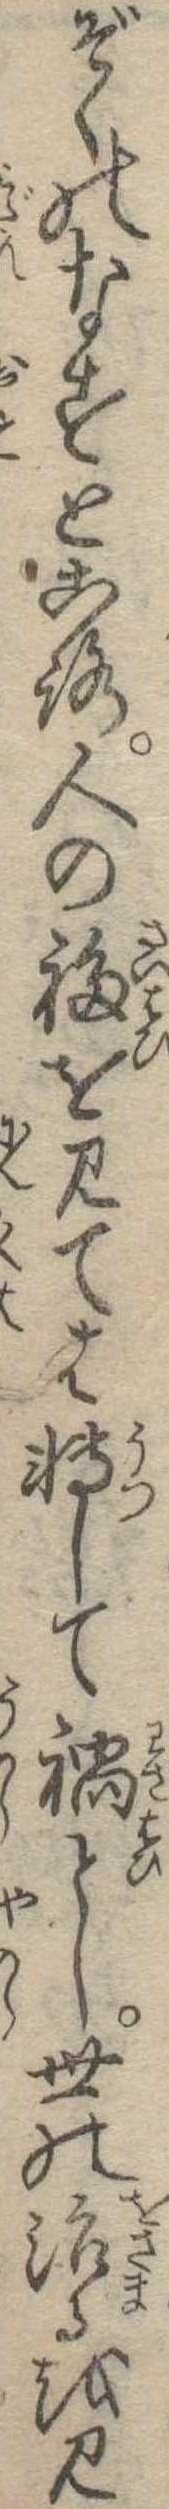
ぞくのなすところ人の福を見ては転して禍とし世の治るを見